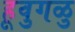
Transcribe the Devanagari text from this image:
हूवुगळु